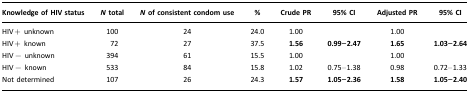
<table><thead><tr><td><b>Knowledge of HIV status</b></td><td><b><i>N</i> total</b></td><td><b><i>N</i> of consistent condom use</b></td><td><b>%</b></td><td><b>Crude PR</b></td><td><b>95% CI</b></td><td><b>Adjusted PR</b></td><td><b>95% CI</b></td></tr></thead><tbody><tr><td>HIV+ unknown</td><td>100</td><td>24</td><td>24.0</td><td>1.00</td><td></td><td>1.00</td><td></td></tr><tr><td>HIV+ known</td><td>72</td><td>27</td><td>37.5</td><td><b>1.56</b></td><td><b>0.99–2.47</b></td><td><b>1.65</b></td><td><b>1.03–2.64</b></td></tr><tr><td>HIV− unknown</td><td>394</td><td>61</td><td>15.5</td><td>1.00</td><td></td><td>1.00</td><td></td></tr><tr><td>HIV− known</td><td>533</td><td>84</td><td>15.8</td><td>1.02</td><td>0.75–1.38</td><td>0.98</td><td>0.72–1.33</td></tr><tr><td>Not determined</td><td>107</td><td>26</td><td>24.3</td><td><b>1.57</b></td><td><b>1.05–2.36</b></td><td><b>1.58</b></td><td><b>1.05–2.40</b></td></tr></tbody></table>